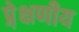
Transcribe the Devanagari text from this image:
प्रे़क्षणीय